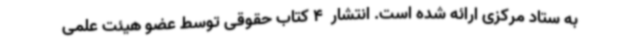
به ستاد مرکزی ارائه شده است. انتشار  4 کتاب حقوقی توسط عضو هیئت علمی